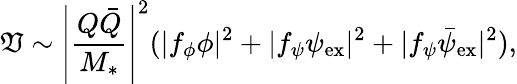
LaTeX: \mathfrak{V}\sim\left|\frac{{Q\bar{{Q}}}}{{M_{*}}}\right|^{2}(|f_{\phi}{\phi}|^{2}+|f_{\psi}{\psi}_{\mathrm{{ex}}}|^{2}+|f_{\psi}\bar{{\psi}}_{\mathrm{{ex}}}|^{2}),